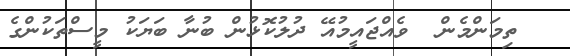
ތިމަންމެން  ވެއްޖައީމުއޭ ދުލުކޮޅުން ބުނާ ބަޔަކު މީސްތަކުންގެ